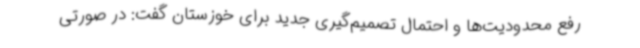
رفع محدودیت‌ها و احتمال تصمیم‌گیری جدید برای خوزستان گفت: در صورتی